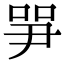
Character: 㖐